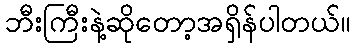
ဘီးကြီးနဲ့ဆိုတော့အရှိန်ပါတယ်။